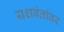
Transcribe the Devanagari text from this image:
यशवंतांवर